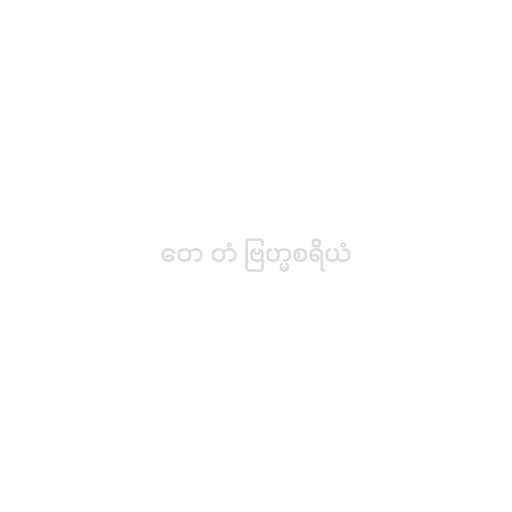
တေ တံ ဗြဟ္မစရိယံ